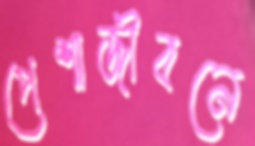
পেশাজীবনে